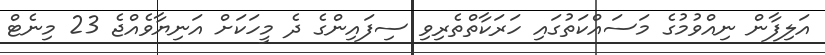
އަލިފާން ނިއްވުމުގެ މަސައްކަތުގައި ހަރަކާތްތެރިވި ސިފައިންގެ ދެ މީހަކަށް އަނިޔާވެއްޖެ 23 މިނެޓް